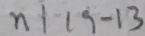
n \vert 1 9 - 1 3